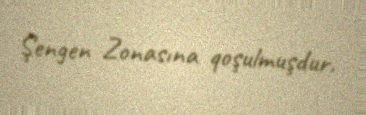
Şengen Zonasına qoşulmuşdur.